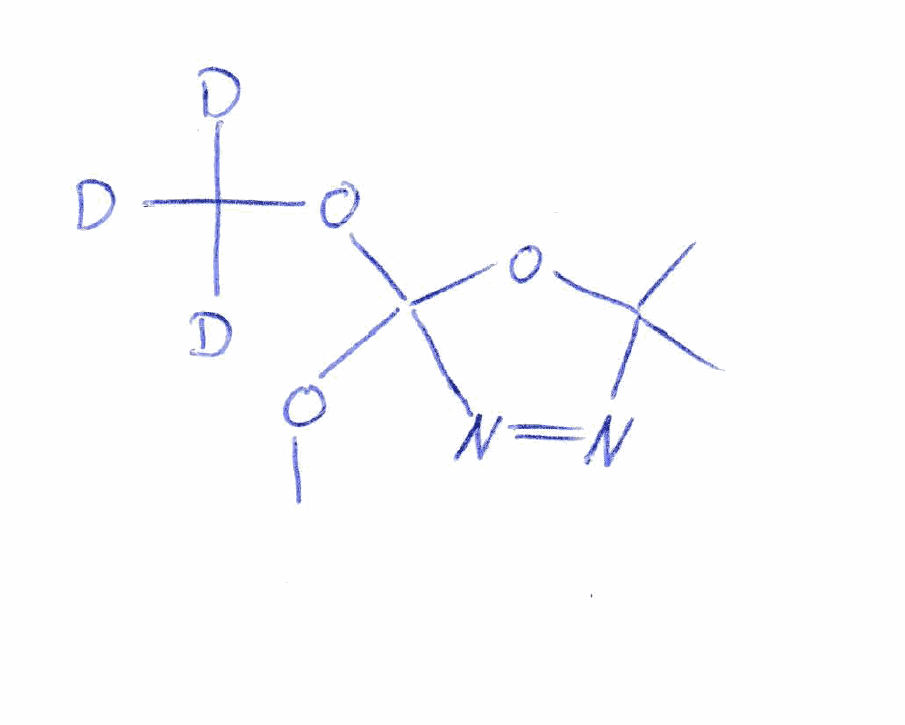
Simplified molecular-input line-entry system (SMILES) notation of the given molecule:
[2H]C([2H])([2H])OC1(N=NC(O1)(C)C)OC